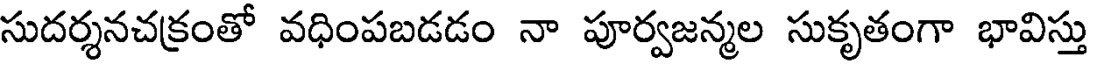
సుదర్శనచక్రంతో వధింపబడడం నా పూర్వజన్మల సుకృతంగా భావిస్తు